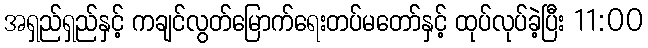
အရှည်ရှည်နှင့် ကချင်လွတ်မြောက်ရေးတပ်မတော်နှင့် ထုပ်လုပ်ခဲ့ပြီး 11:00